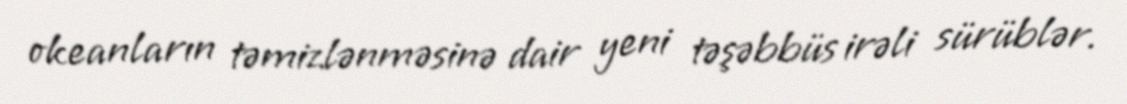
okeanların təmizlənməsinə dair yeni təşəbbüs irəli sürüblər.